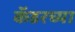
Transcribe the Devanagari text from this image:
कॅडरच्या